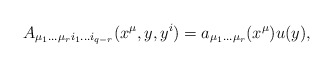
\begin{align*}A_{\mu_1\dots\mu_ri_1\dots i_{q-r}}(x^{\mu},y,y^i)=a_{\mu_1\dots\mu_r}(x^{\mu})u(y),\end{align*}